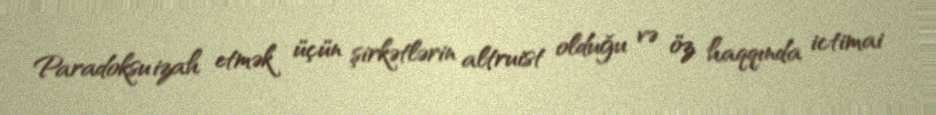
Paradoksu izah etmək üçün şirkətlərin altruist olduğu və öz haqqında ictimai